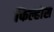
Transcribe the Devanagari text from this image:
फिल्होस